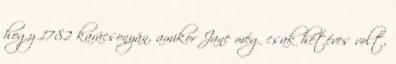
hogy 1782 karácsonyán, amikor Jane még csak hétéves volt,